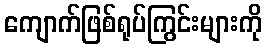
ကျောက်ဖြစ်ရုပ်ကြွင်းများကို